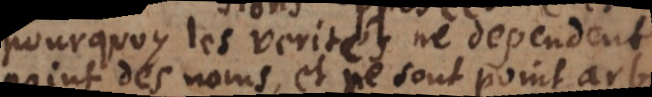
pourquoy les verités ne dependent